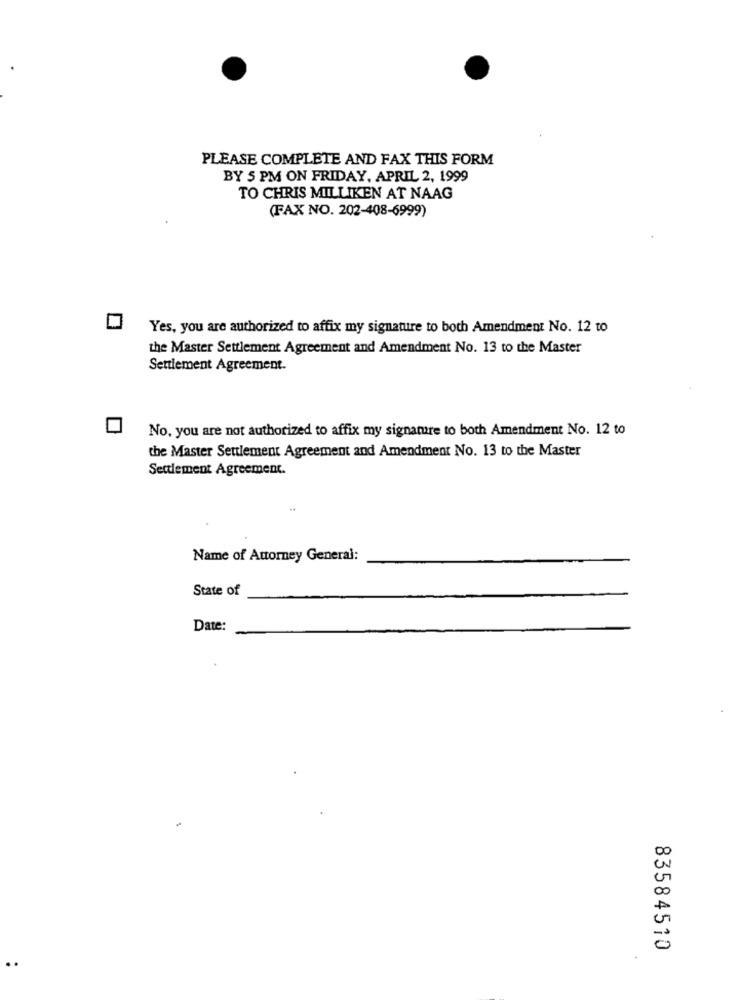
PLEASE COMPLETE AND FAX THIS FORM
BY 5 PM ON FRIDAY, APRIL 2, 1999
TO CHRIS MILLIKEN AT NAAG
(FAX NO. 202-408-6999)
Yes, you are authorized to affix my signature to both Amendment No. 12 to
the Master Settlement Agreement and Amendment No. 13 to the Master
Settlement Agreement.
No, you are not authorized to affix my signature to both Amendment No. 12 to
the Master Settlement Agreement and Amendment No. 13 to the Master
Settlement Agreement.
Name of Attorney General:
State of
Date:
20
0
83584510